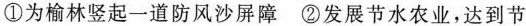
①为榆林竖起一道防风沙屏障②发展节水农业，达到节